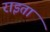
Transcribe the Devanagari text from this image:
राइता